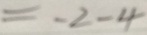
= - 2 - 4